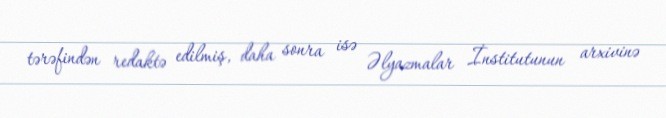
tərəfindən redaktə edilmiş, daha sonra isə Əlyazmalar İnstitutunun arxivinə